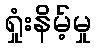
ရှုံးနိမ့်မှု